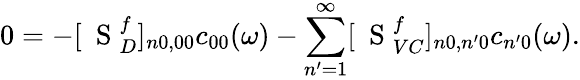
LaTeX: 0=-[\mathrm{~\mathbf~S~}_{D}^{f}]_{n0,00}c_{00}(\omega)-\sum_{n^{\prime}=1}^{\infty}[\mathrm{~\mathbf~S~}_{VC}^{f}]_{n0,n^{\prime}0}c_{n^{\prime}0}(\omega).